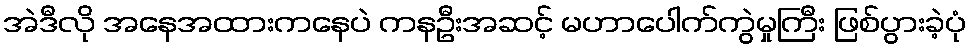
အဲဒီလို အနေအထားကနေပဲ ကနဦးအဆင့် မဟာပေါက်ကွဲမှုကြီး ဖြစ်ပွားခဲ့ပုံ